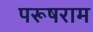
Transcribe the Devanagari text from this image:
परूषराम